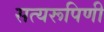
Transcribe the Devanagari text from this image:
सत्यरूपिणी